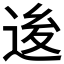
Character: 𨒥